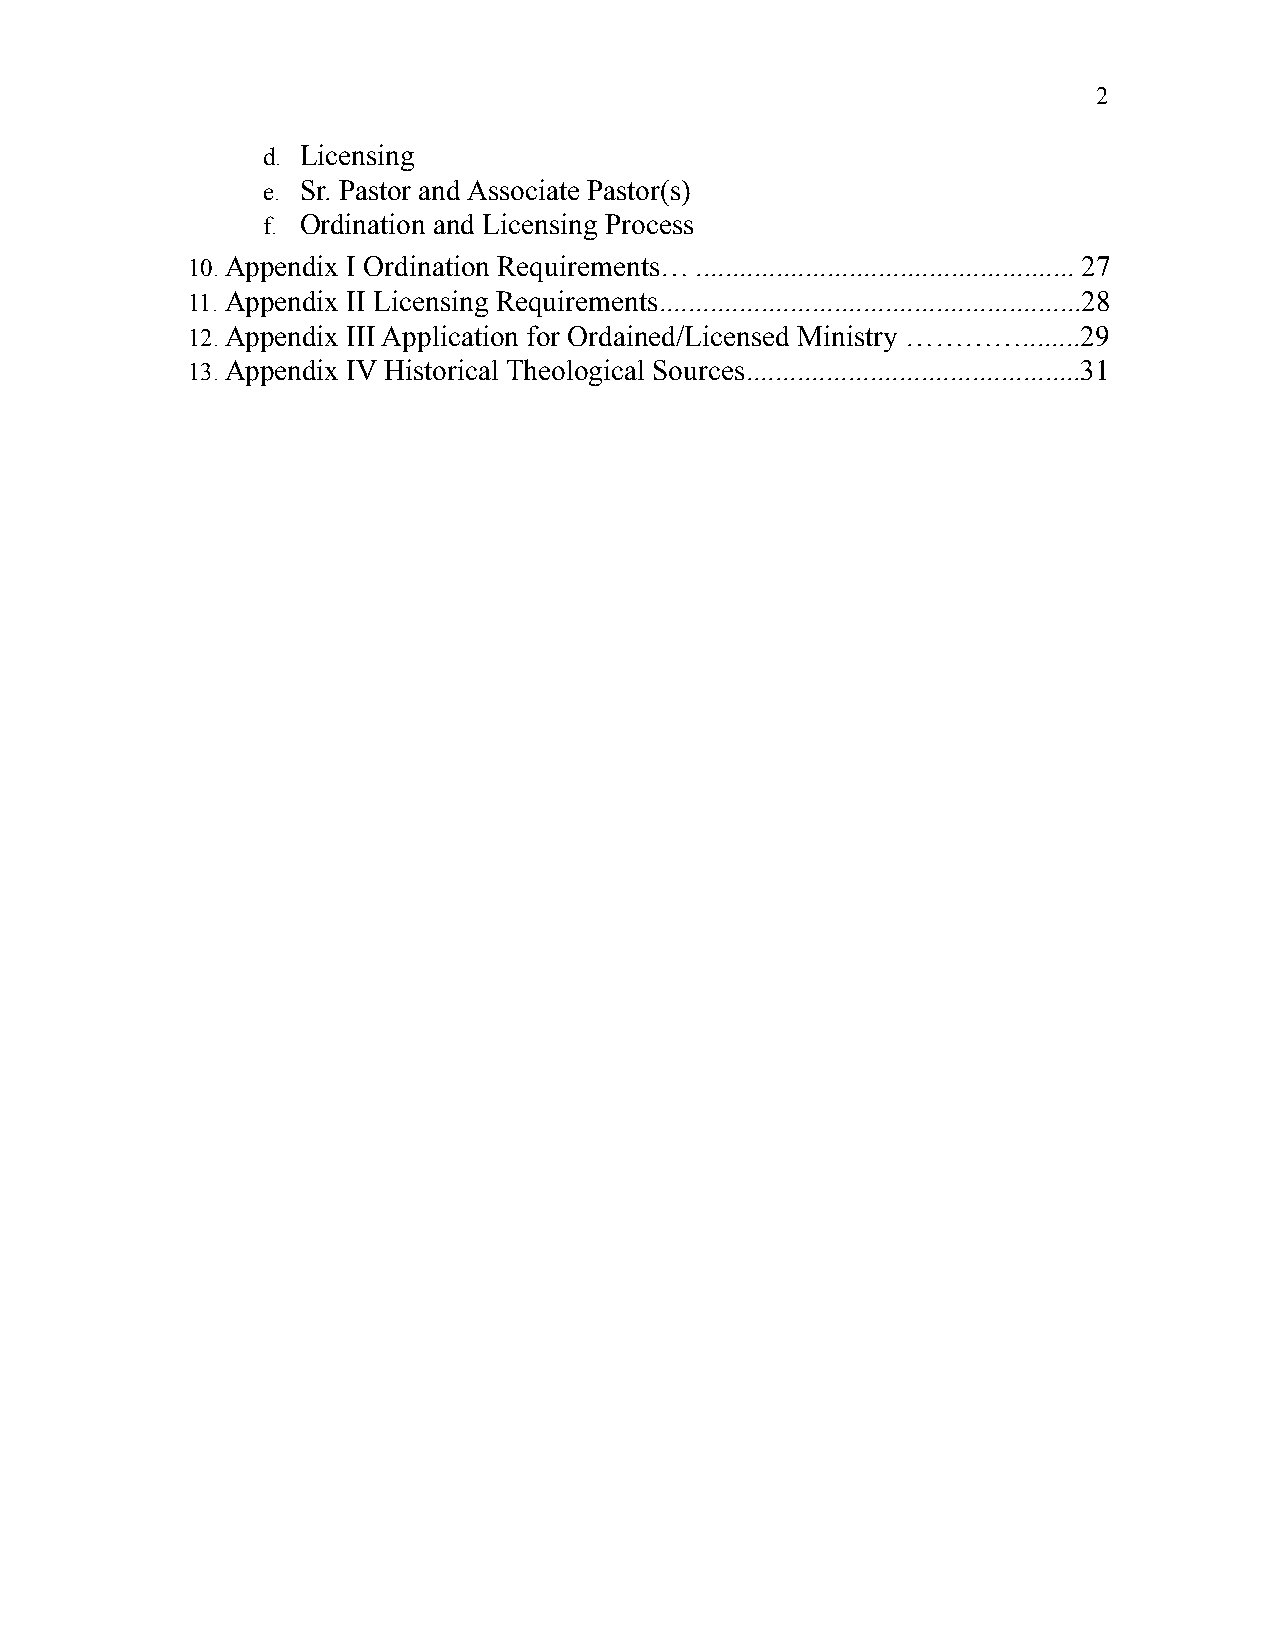
2
 d. Licensing
 e. Sr. Pastor and Associate Pastor(s)
 f. Ordination and Licensing Process
 10.Appendix I Ordination Requirements… .................................................... 27
 11. Appendix II Licensing Requirements ..........................................................28
 12.Appendix III Application for Ordained/Licensed Ministry …………........29
 13.Appendix IV Historical Theological Sources..............................................31